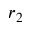
r _ { 2 }